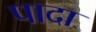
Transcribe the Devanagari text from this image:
पादा